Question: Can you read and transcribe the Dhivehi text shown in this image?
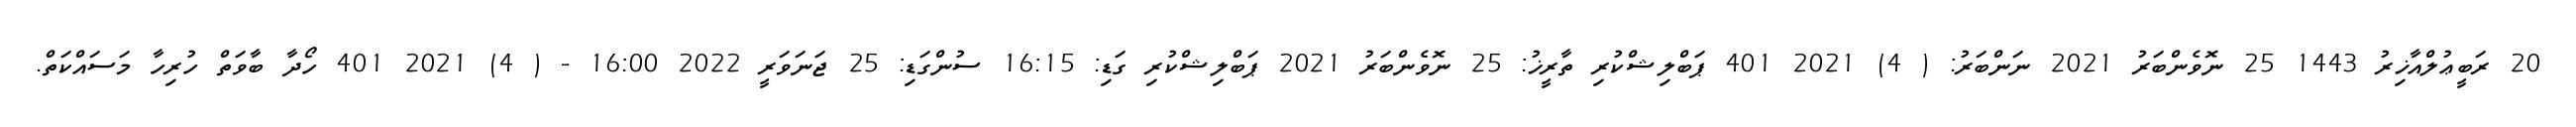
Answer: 20 ރަބީޢުލްއާޚިރު 1443 25 ނޮވެންބަރު 2021 ނަންބަރު: ( 4) 2021 401 ޕަބްލިޝްކުރި ތާރީޚު: 25 ނޮވެންބަރު 2021 ޕަބްލިޝްކުރި ގަޑި: 16:15 ސުންގަޑި: 25 ޖަނަވަރީ 2022 16:00 - ( 4) 2021 401 ހޯދާ ބާވަތް ހުރިހާ މަސައްކަތް.